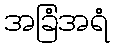
အခြံအရံ